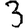
Digit: 3